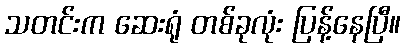
သတင်းက ဆေးရုံ တစ်ခုလုံး ပြန့်နေပြီ။